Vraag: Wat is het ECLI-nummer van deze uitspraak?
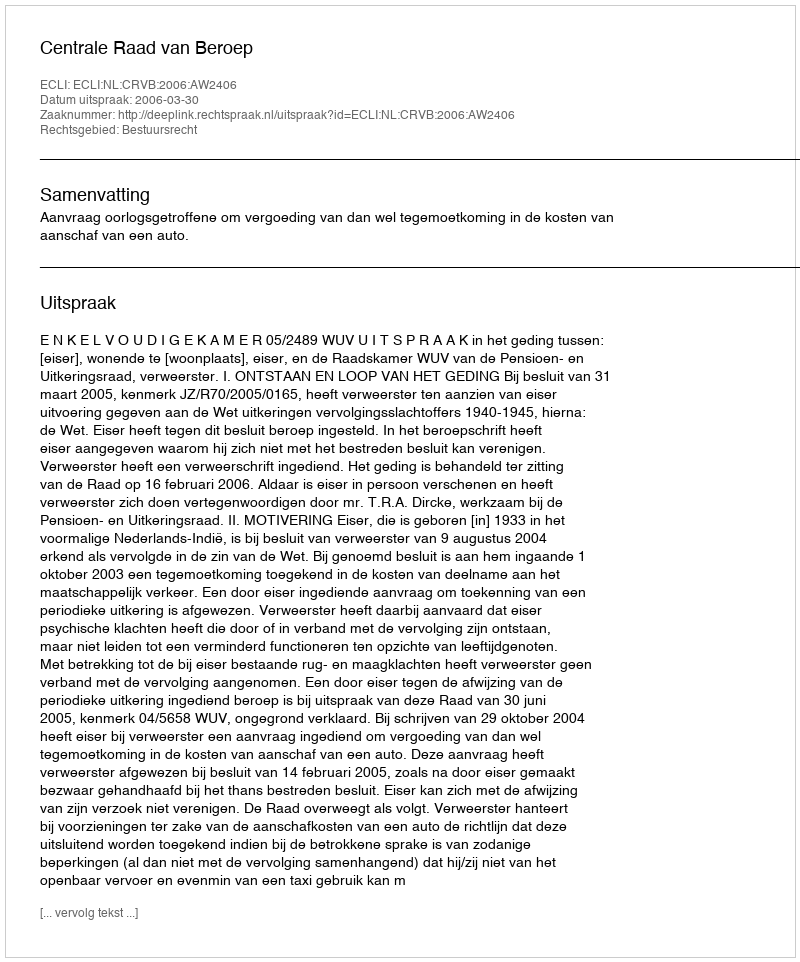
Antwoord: ECLI:NL:CRVB:2006:AW2406